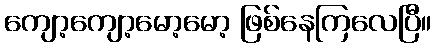
ကျော့ကျော့မော့မော့ ဖြစ်နေကြလေပြီ။